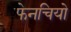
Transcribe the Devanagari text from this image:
फेनचियो